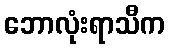
ဘောလုံးရာသီက